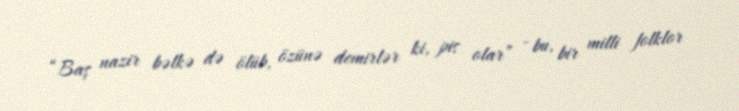
“Baş nazir bəlkə də ölüb, özünə demirlər ki, pis olar” - bu, bir milli folklor